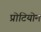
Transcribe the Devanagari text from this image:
प्रोटियोम